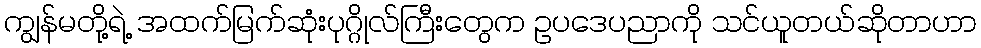
ကျွန်မတို့ရဲ့ အထက်မြက်ဆုံးပုဂ္ဂိုလ်ကြီးတွေက ဥပဒေပညာကို သင်ယူတယ်ဆိုတာဟာ